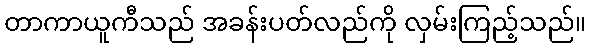
တာကာယူကီသည် အခန်းပတ်လည်ကို လှမ်းကြည့်သည်။